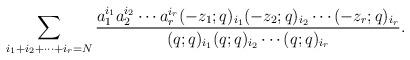
LaTeX: \begin{align*}\sum_{i_{1}+i_{2}+\cdots+i_{r}=N}\frac{a_{1}^{i_{1}}a_{2}^{i_{2}}\cdots a_{r}^{i_{r}}(-z_1;q)_{i_{1}}(-z_2;q)_{i_{2}}\cdots(-z_r;q)_{i_{r}}}{(q;q)_{i_{1}}(q;q)_{i_{2}}\cdots(q;q)_{i_{r}}}.\end{align*}